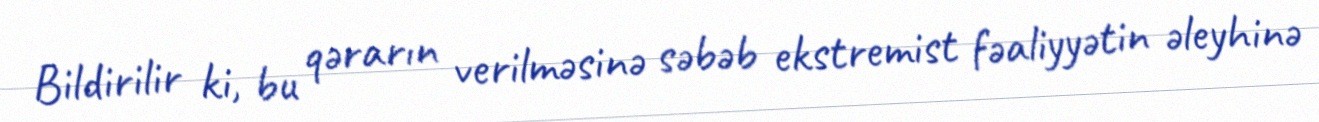
Bildirilir ki, bu qərarın verilməsinə səbəb ekstremist fəaliyyətin əleyhinə